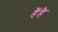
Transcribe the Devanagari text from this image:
हैंहै